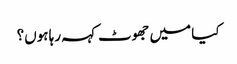
کیا میں جھوٹ کہہ رہا ہوں؟